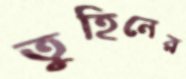
তুহিনের